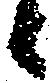
候